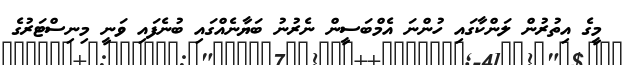
މީގެ އިތުރުން ލަންކާގައި ހުންނަ އެމްބަސީން ނެރުނު ބަޔާނެއްގައި ބުނެފައި ވަނީ މިނިސްޓަރުގެ